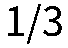
1/3